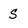
Character: s